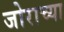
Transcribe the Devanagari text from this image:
जोराच्या